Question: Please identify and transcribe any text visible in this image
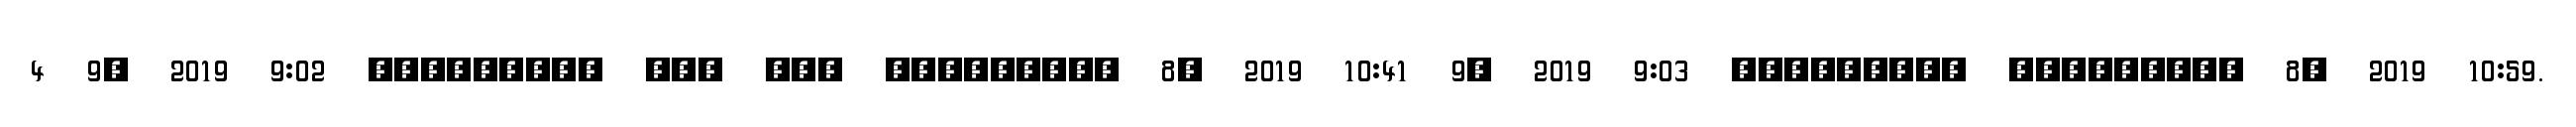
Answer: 4 9, 2019 9:02 ????????? ??? ??? ????????? 8, 2019 10:41 9, 2019 9:03 ????????? ????????? 8, 2019 10:59.